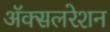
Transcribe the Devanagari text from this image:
अॅक्सलरेशन